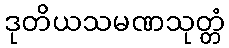
ဒုတိယသမဏသုတ္တံ